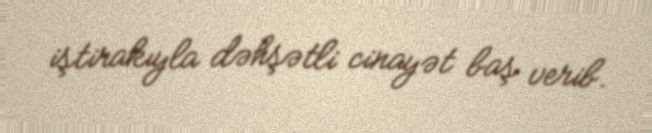
iştirakıyla dəhşətli cinayət baş verib.